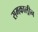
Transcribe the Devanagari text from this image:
समकाल्रीन